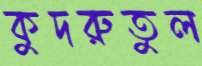
কুদরুতুল